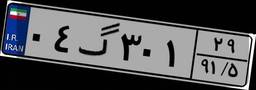
۳۹گ۸۸۵۲۰